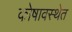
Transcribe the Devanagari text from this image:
कोषावस्थेत